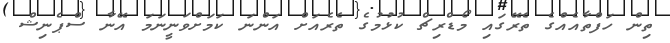
ތިން ހަފްތާއެއްގެ ތެރޭގައި މޯޑްރިޗް ކުޅުމުގެ ތެރެއަށް އަންނަ ކަމަށްވަނީނަމަ އޭނާ ސްޕެނިޝް